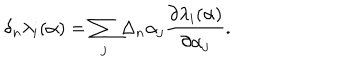
LaTeX: \delta _ { n } \lambda _ { i } ( \alpha ) = \sum _ { j } \Delta _ { n } \alpha _ { j } { \frac { \partial \lambda _ { i } ( \alpha ) } { \partial \alpha _ { j } } } .